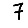
Digit: 7